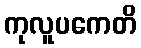
ကုလူပကေတိ